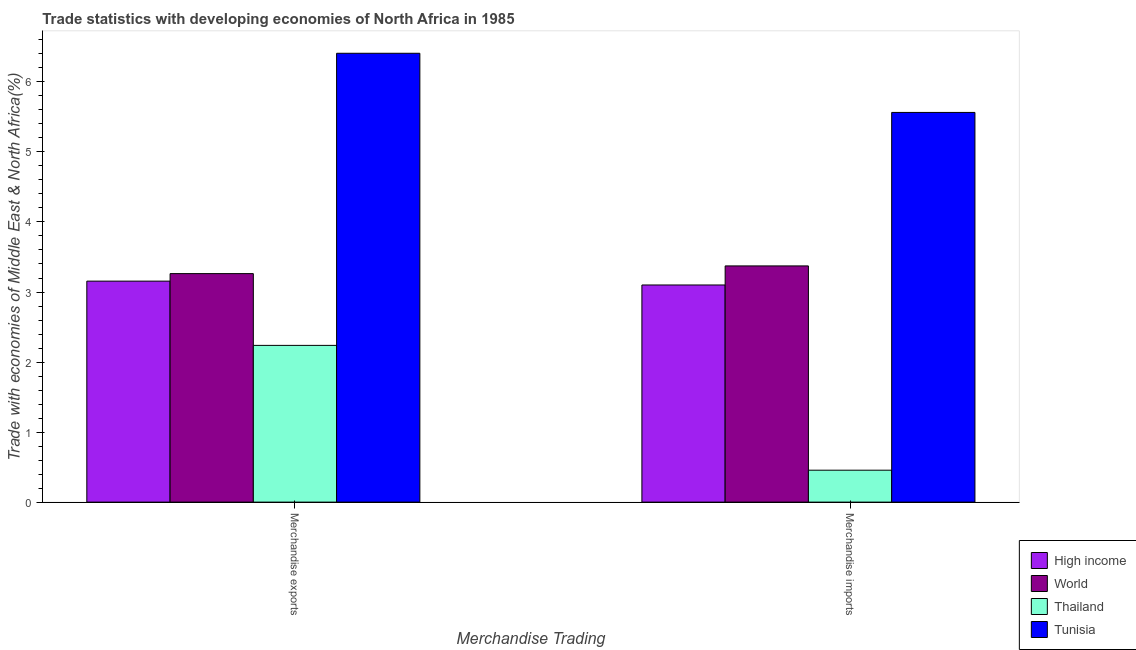
| Merchandise Trading | High income | World | Thailand | Tunisia |
 | --- | --- | --- | --- | --- |
 | Merchandise exports | 3.16 | 3.26 | 2.24 | 6.41 |
 | Merchandise imports | 3.1 | 3.37 | 0.456 | 5.56 |